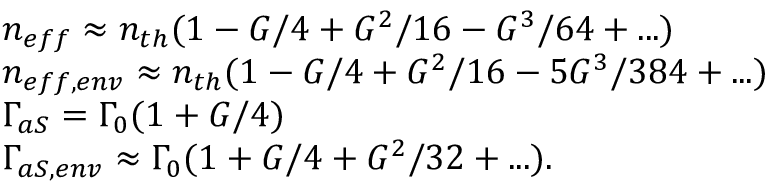
\begin{array} { r l } & { \! \! \! \! n _ { e f f } \approx n _ { t h } ( 1 - G / 4 + G ^ { 2 } / 1 6 - G ^ { 3 } / 6 4 + . . . ) } \\ & { \! \! \! \! n _ { e f f , e n v } \approx n _ { t h } ( 1 - G / 4 + G ^ { 2 } / 1 6 - 5 G ^ { 3 } / 3 8 4 + . . . ) } \\ & { \! \! \! \! \Gamma _ { a S } = \Gamma _ { 0 } ( 1 + G / 4 ) } \\ & { \! \! \! \! \Gamma _ { a S , e n v } \approx \Gamma _ { 0 } ( 1 + G / 4 + G ^ { 2 } / 3 2 + . . . ) . } \end{array}